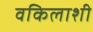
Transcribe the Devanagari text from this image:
वकिलाशी